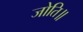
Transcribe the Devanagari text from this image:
जोति॥